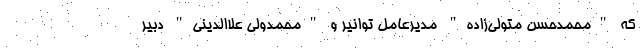
که "محمدحسن متولی‌زاده" مدیرعامل توانیر و "محمدولی علاالدینی" دبیر